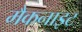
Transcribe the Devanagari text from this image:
मैकनाइट